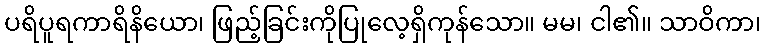
ပရိပူရကာရိနိယော၊ ဖြည့်ခြင်းကိုပြုလေ့ရှိကုန်သော။ မမ၊ ငါ၏။ သာဝိကာ၊